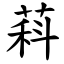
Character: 萪